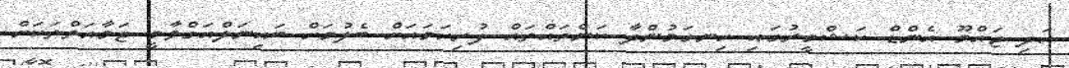
އަދި ޖައްމޫ އެންޑް ކަޝްމީރުގައި ހިނގަމުންދާ ކަންތައްތައް ފުރިހަމައަށް ބެލުމަށް ބައިނަލްއަގްވާމީ ޖަމާއަތްތަކަށް